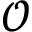
\mathcal { O }